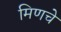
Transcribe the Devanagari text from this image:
मिणचे